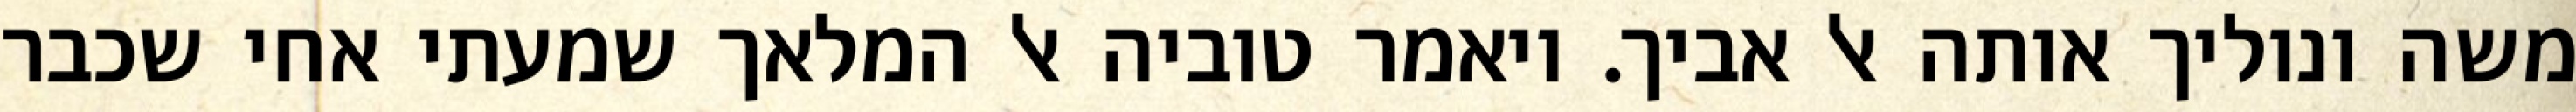
משה ונוליך אותה אל אביך. ויאמר טוביה אל המלאך שמעתי אחי שכבר